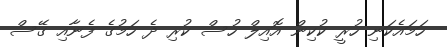
ހަމައެކަނި ހުރީ ކުކިން އޮއިލް ހުސް ކުރި ދެ ހަމުގެ ފެނާއި ގޭސް